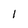
Character: 1